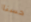
حسنا